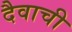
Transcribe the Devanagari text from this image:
दैवाची